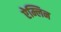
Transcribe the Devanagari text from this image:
ऐम्लिन